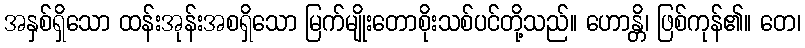
အနှစ်ရှိသော ထန်းအုန်းအစရှိသော မြက်မျိုးတောစိုးသစ်ပင်တို့သည်။ ဟောန္တိ၊ ဖြစ်ကုန်၏။ တေ၊